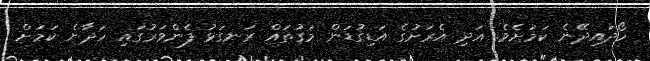
ހޯދައިދޭނެ ކަމަށެވެ. އަދި އެރަށުގެ އަޑިގުޑަން މަގުތައް ރަނގަޅު ފެންވަރުގައި ހަދާނެ ކަމަށް